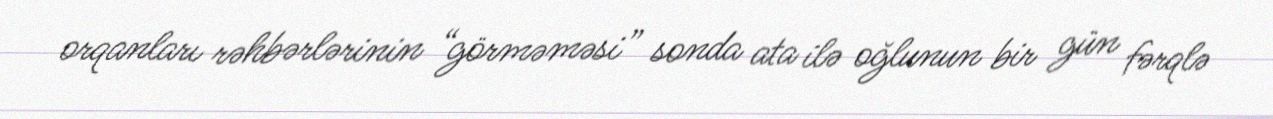
orqanları rəhbərlərinin “görməməsi” sonda ata ilə oğlunun bir gün fərqlə